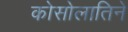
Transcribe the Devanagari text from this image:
कोसोलातिने